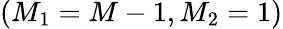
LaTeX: \left(M_{1}=M-1,M_{2}=1\right)